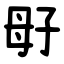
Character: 㝀